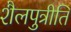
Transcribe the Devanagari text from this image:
शैलपुत्रीति